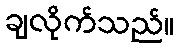
ချလိုက်သည်။